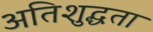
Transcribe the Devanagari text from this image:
अतिशुद्धता